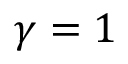
\gamma = 1